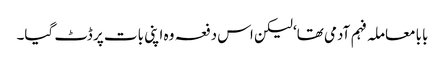
بابا معاملہ فہم آدمی تھا‘ لیکن اس دفعہ وہ اپنی بات پر ڈٹ گیا۔